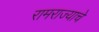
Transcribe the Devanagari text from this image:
रामराज्याचे